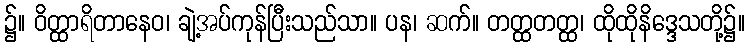
၌။ ဝိတ္ထာရိတာနေဝ၊ ချဲ့အပ်ကုန်ပြီးသည်သာ။ ပန၊ ဆက်။ တတ္ထတတ္ထ၊ ထိုထိုနိဒ္ဒေသတို့၌။